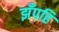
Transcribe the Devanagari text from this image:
झँपहि